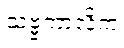
သဗ္ဗကာလိကံ